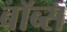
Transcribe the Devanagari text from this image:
बॉब्स